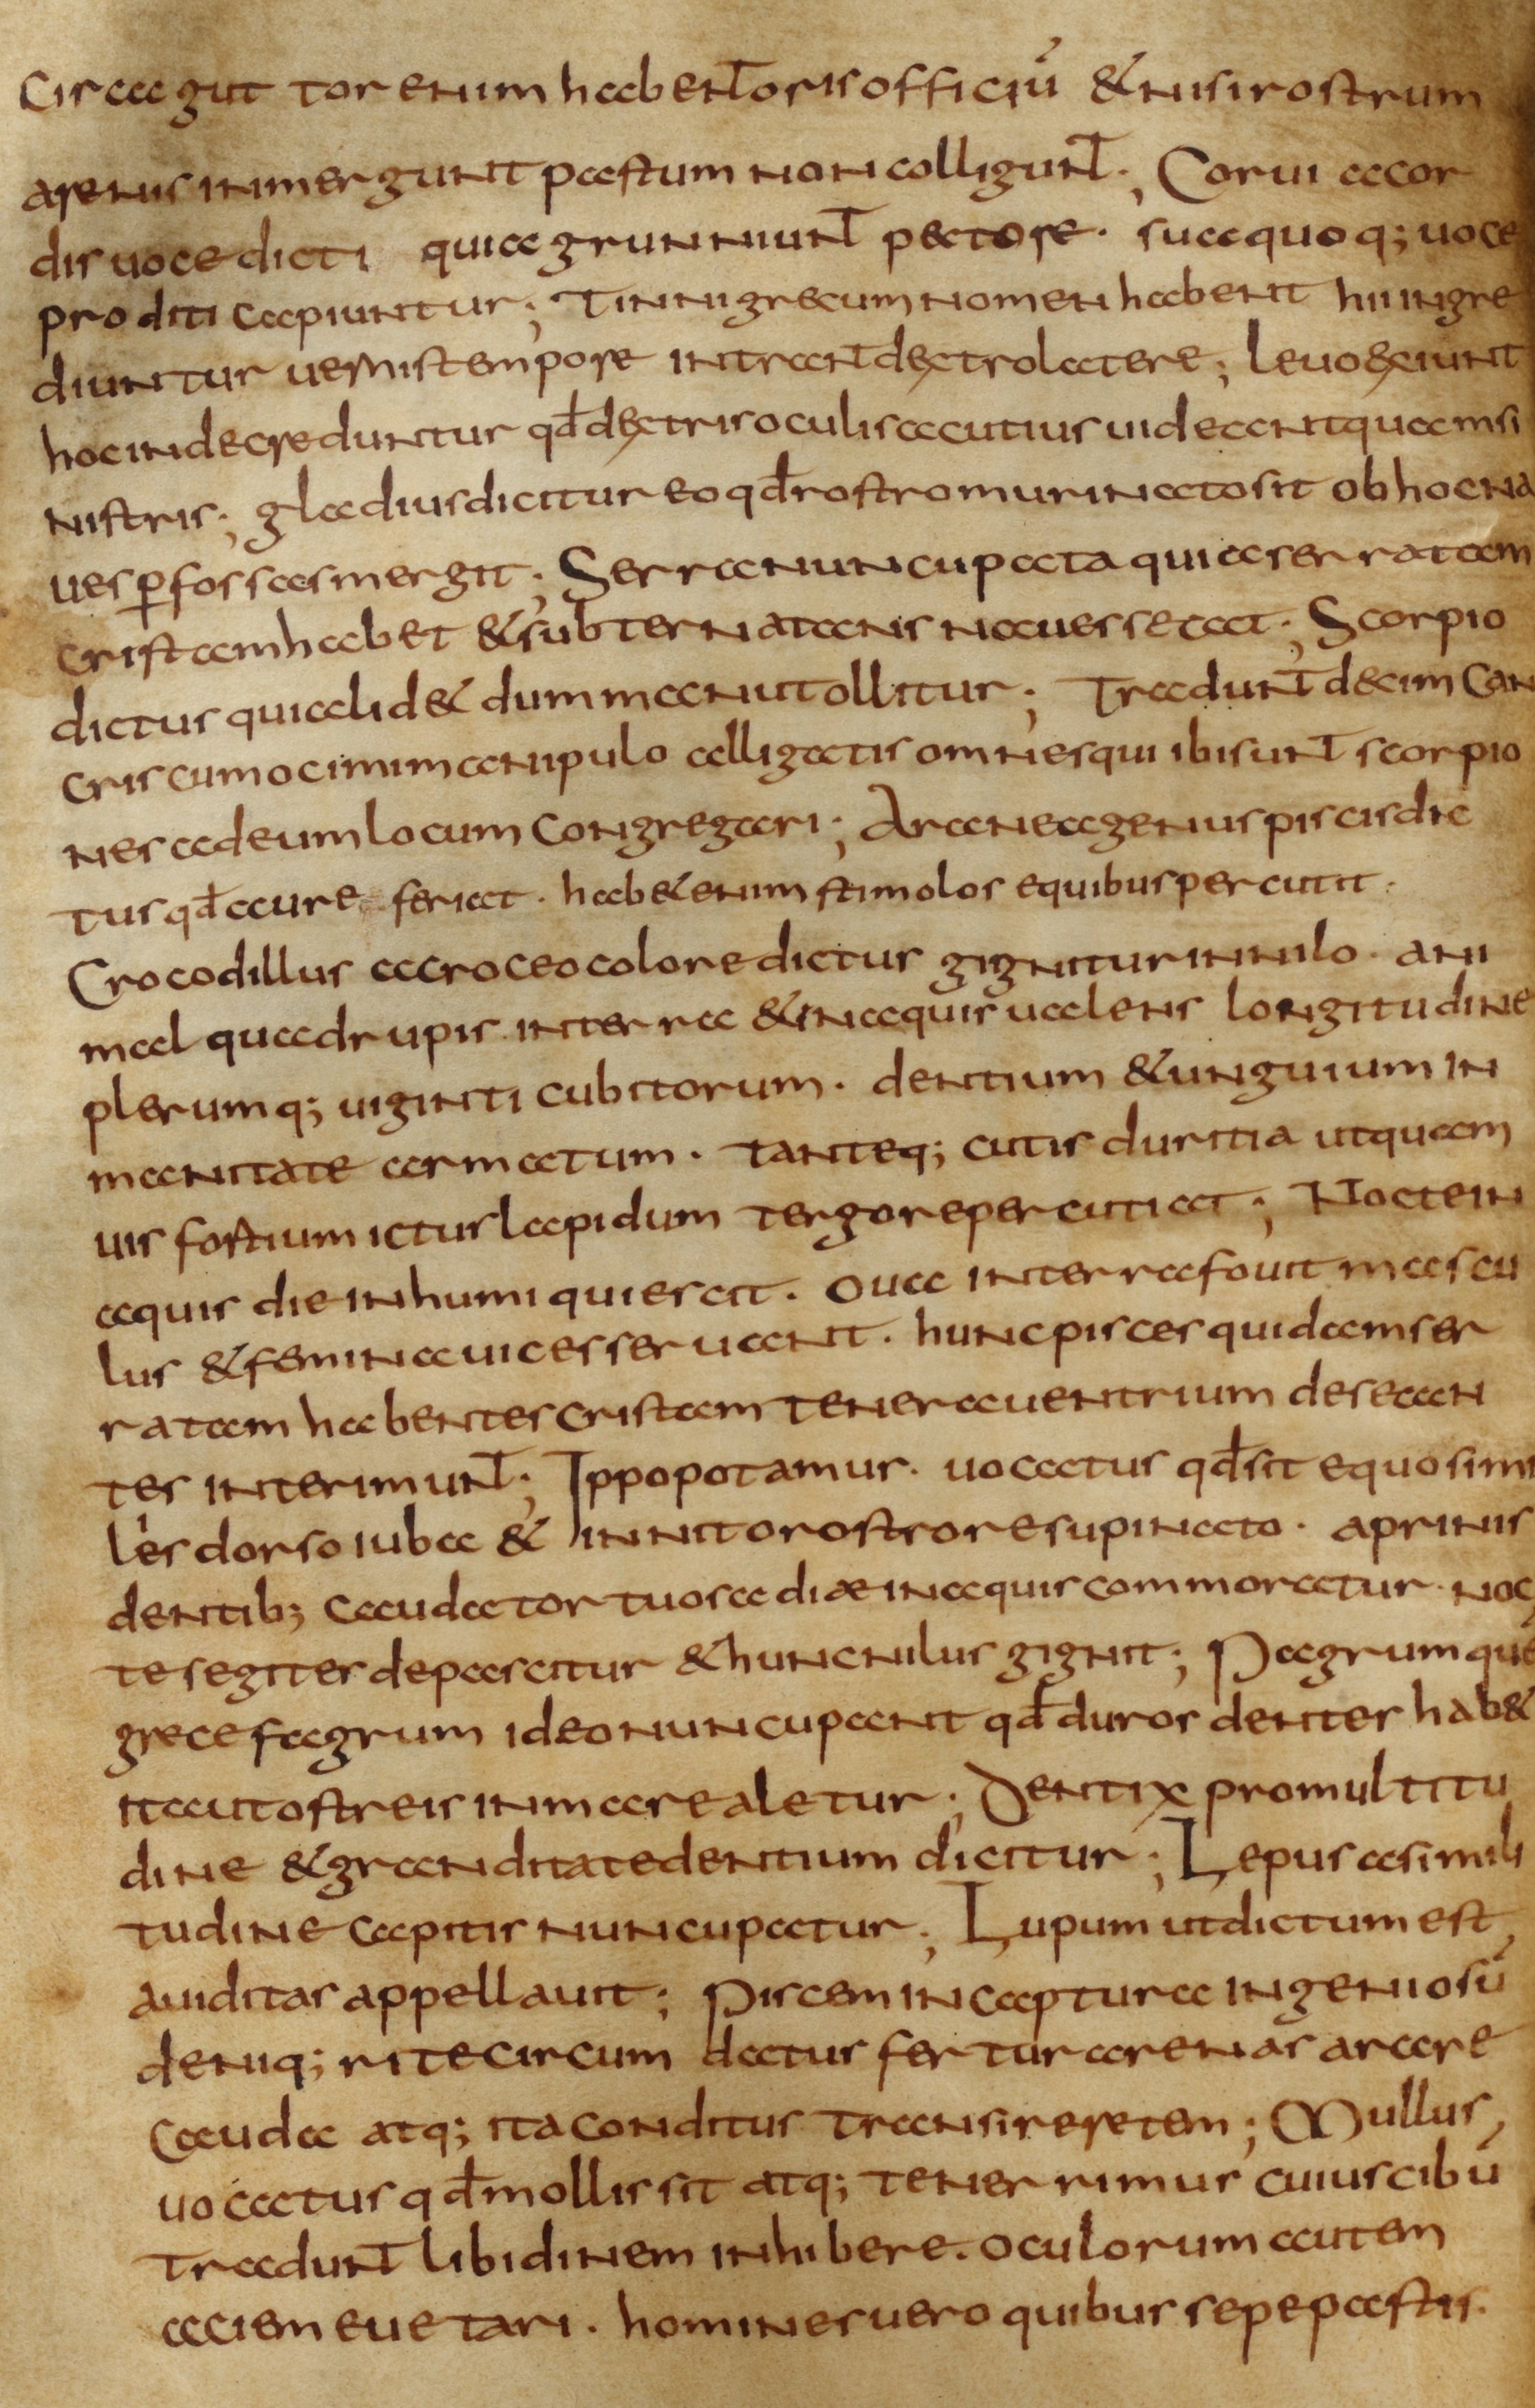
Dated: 800–824